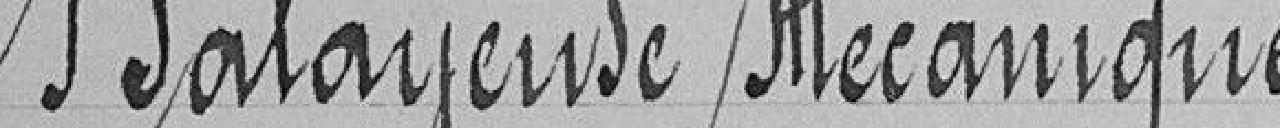
Balayeuse mécanique